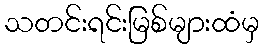
သတင်းရင်းမြစ်များထံမှ